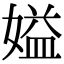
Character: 㜋